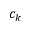
c _ { k }